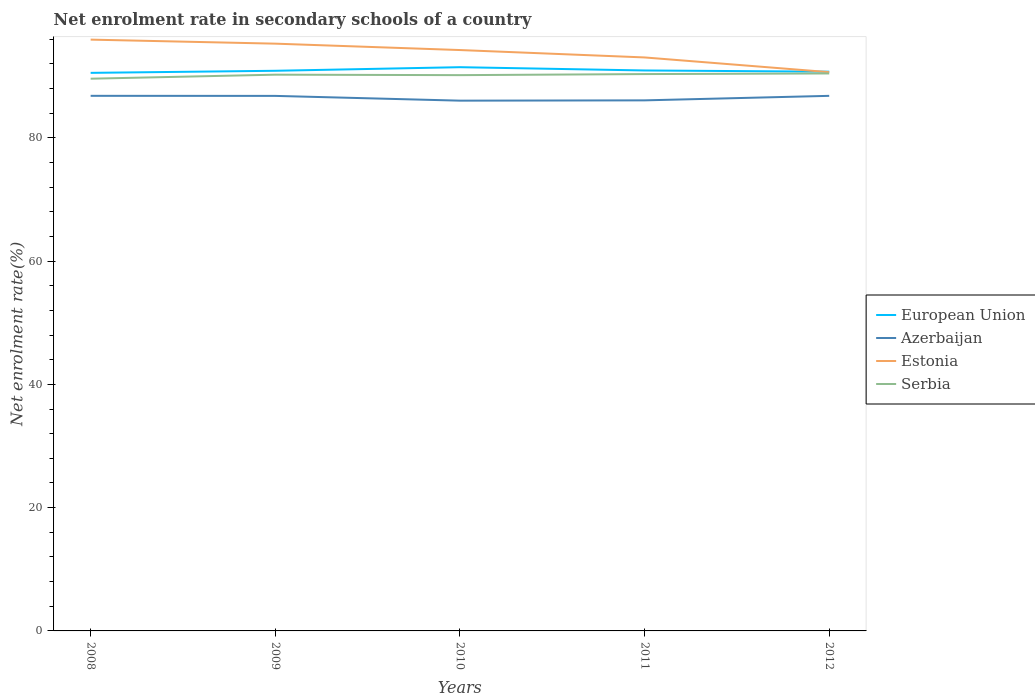
| Years | European Union | Azerbaijan | Estonia | Serbia |
 | --- | --- | --- | --- | --- |
 | 2008 | 90.5 | 86.8 | 95.9 | 89.6 |
 | 2009 | 90.9 | 86.8 | 95.3 | 90.2 |
 | 2010 | 91.5 | 86 | 94.2 | 90.2 |
 | 2011 | 90.9 | 86.1 | 93 | 90.3 |
 | 2012 | 90.7 | 86.8 | 90.7 | 90.4 |